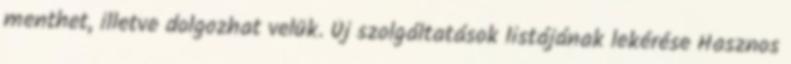
menthet, illetve dolgozhat velük. Új szolgáltatások listájának lekérése Hasznos